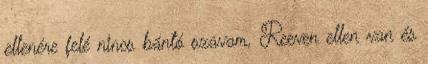
ellenére felé nincs bántó szavam, Reeven ellen van és